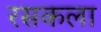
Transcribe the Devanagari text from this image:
रसकला